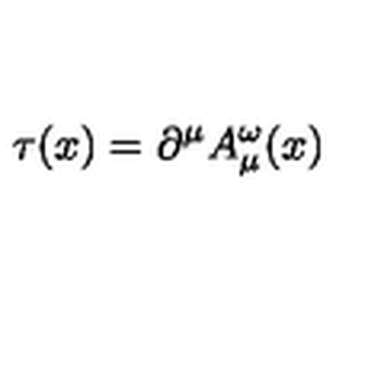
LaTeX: \tau ( x ) = \partial ^ { \mu } A _ { \mu } ^ { \omega } ( x )